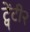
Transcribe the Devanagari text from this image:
ट्वेंटी२